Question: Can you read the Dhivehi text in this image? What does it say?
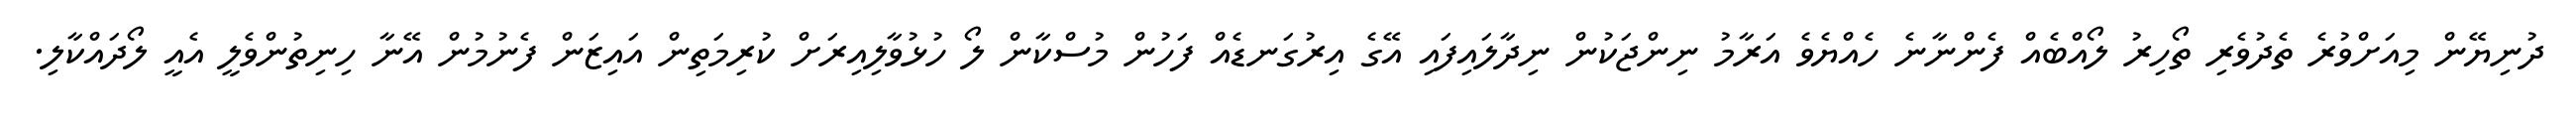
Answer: ދުނިޔޭން މިއަށްވުރެ ތެދުވެރި ތޯހިރު ލޯއްބެއް ފެންނާނެ ހެއްޔެވެ އަރާމު ނިންޖަކުން ނިދާލައިފައި އޭގެ އިރުގަނޑެއް ފަހުން މުސްކާން ލޯ ހުޅުވާލިއިރަށް ކުރިމަތިން އައިޒަން ފެނުމުން އޭނާ ހިނިތުންވެލީ އެއީ ލޯދައްކާލި.